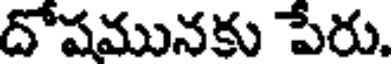
దోషమునకు పేరు.